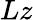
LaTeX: Lz